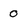
Character: 0